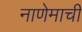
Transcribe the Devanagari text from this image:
नाणेमाची